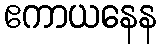
ဧကာယနေန